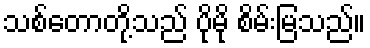
သစ်တောတို့သည် ပိုမို စိမ်းမြသည်။